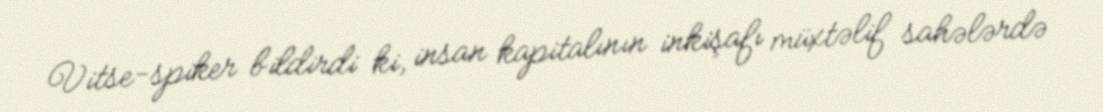
Vitse-spiker bildirdi ki, insan kapitalının inkişafı müxtəlif sahələrdə